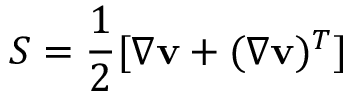
S = \frac { 1 } { 2 } [ \nabla \mathbf { v } + ( \nabla \mathbf { v } ) ^ { T } ]